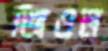
জিওল